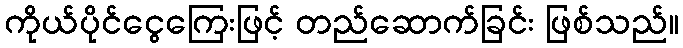
ကိုယ်ပိုင်ငွေကြေးဖြင့် တည်ဆောက်ခြင်း ဖြစ်သည်။